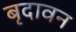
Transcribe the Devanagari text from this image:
बृदावन